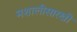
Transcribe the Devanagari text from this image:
मशालीसारखी